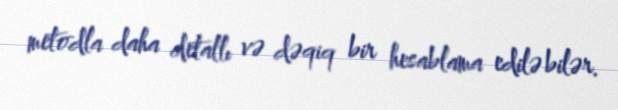
metodla daha detallı və dəqiq bir hesablama edilə bilər.